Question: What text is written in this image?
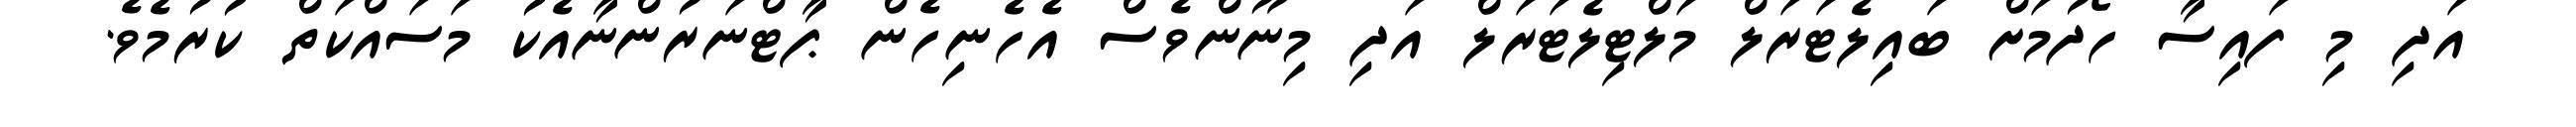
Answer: އަދި މި ފައިސާ ހޯދުމަށް ބައިލެޓަރަލް މަލްޓިލެޓަރަލް އަދި މިނޫންވެސް އެހެނިހެން ޕާޓްނަރުންނާއެކު މަސައްކަތް ކުރުމެވެ.